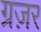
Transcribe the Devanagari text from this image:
ग्रज़र